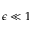
\epsilon \ll 1